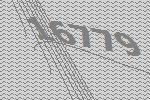
16779